65_HS1-834228961_62-HQ-83894_Section_6
Agency: FBI
Page 22
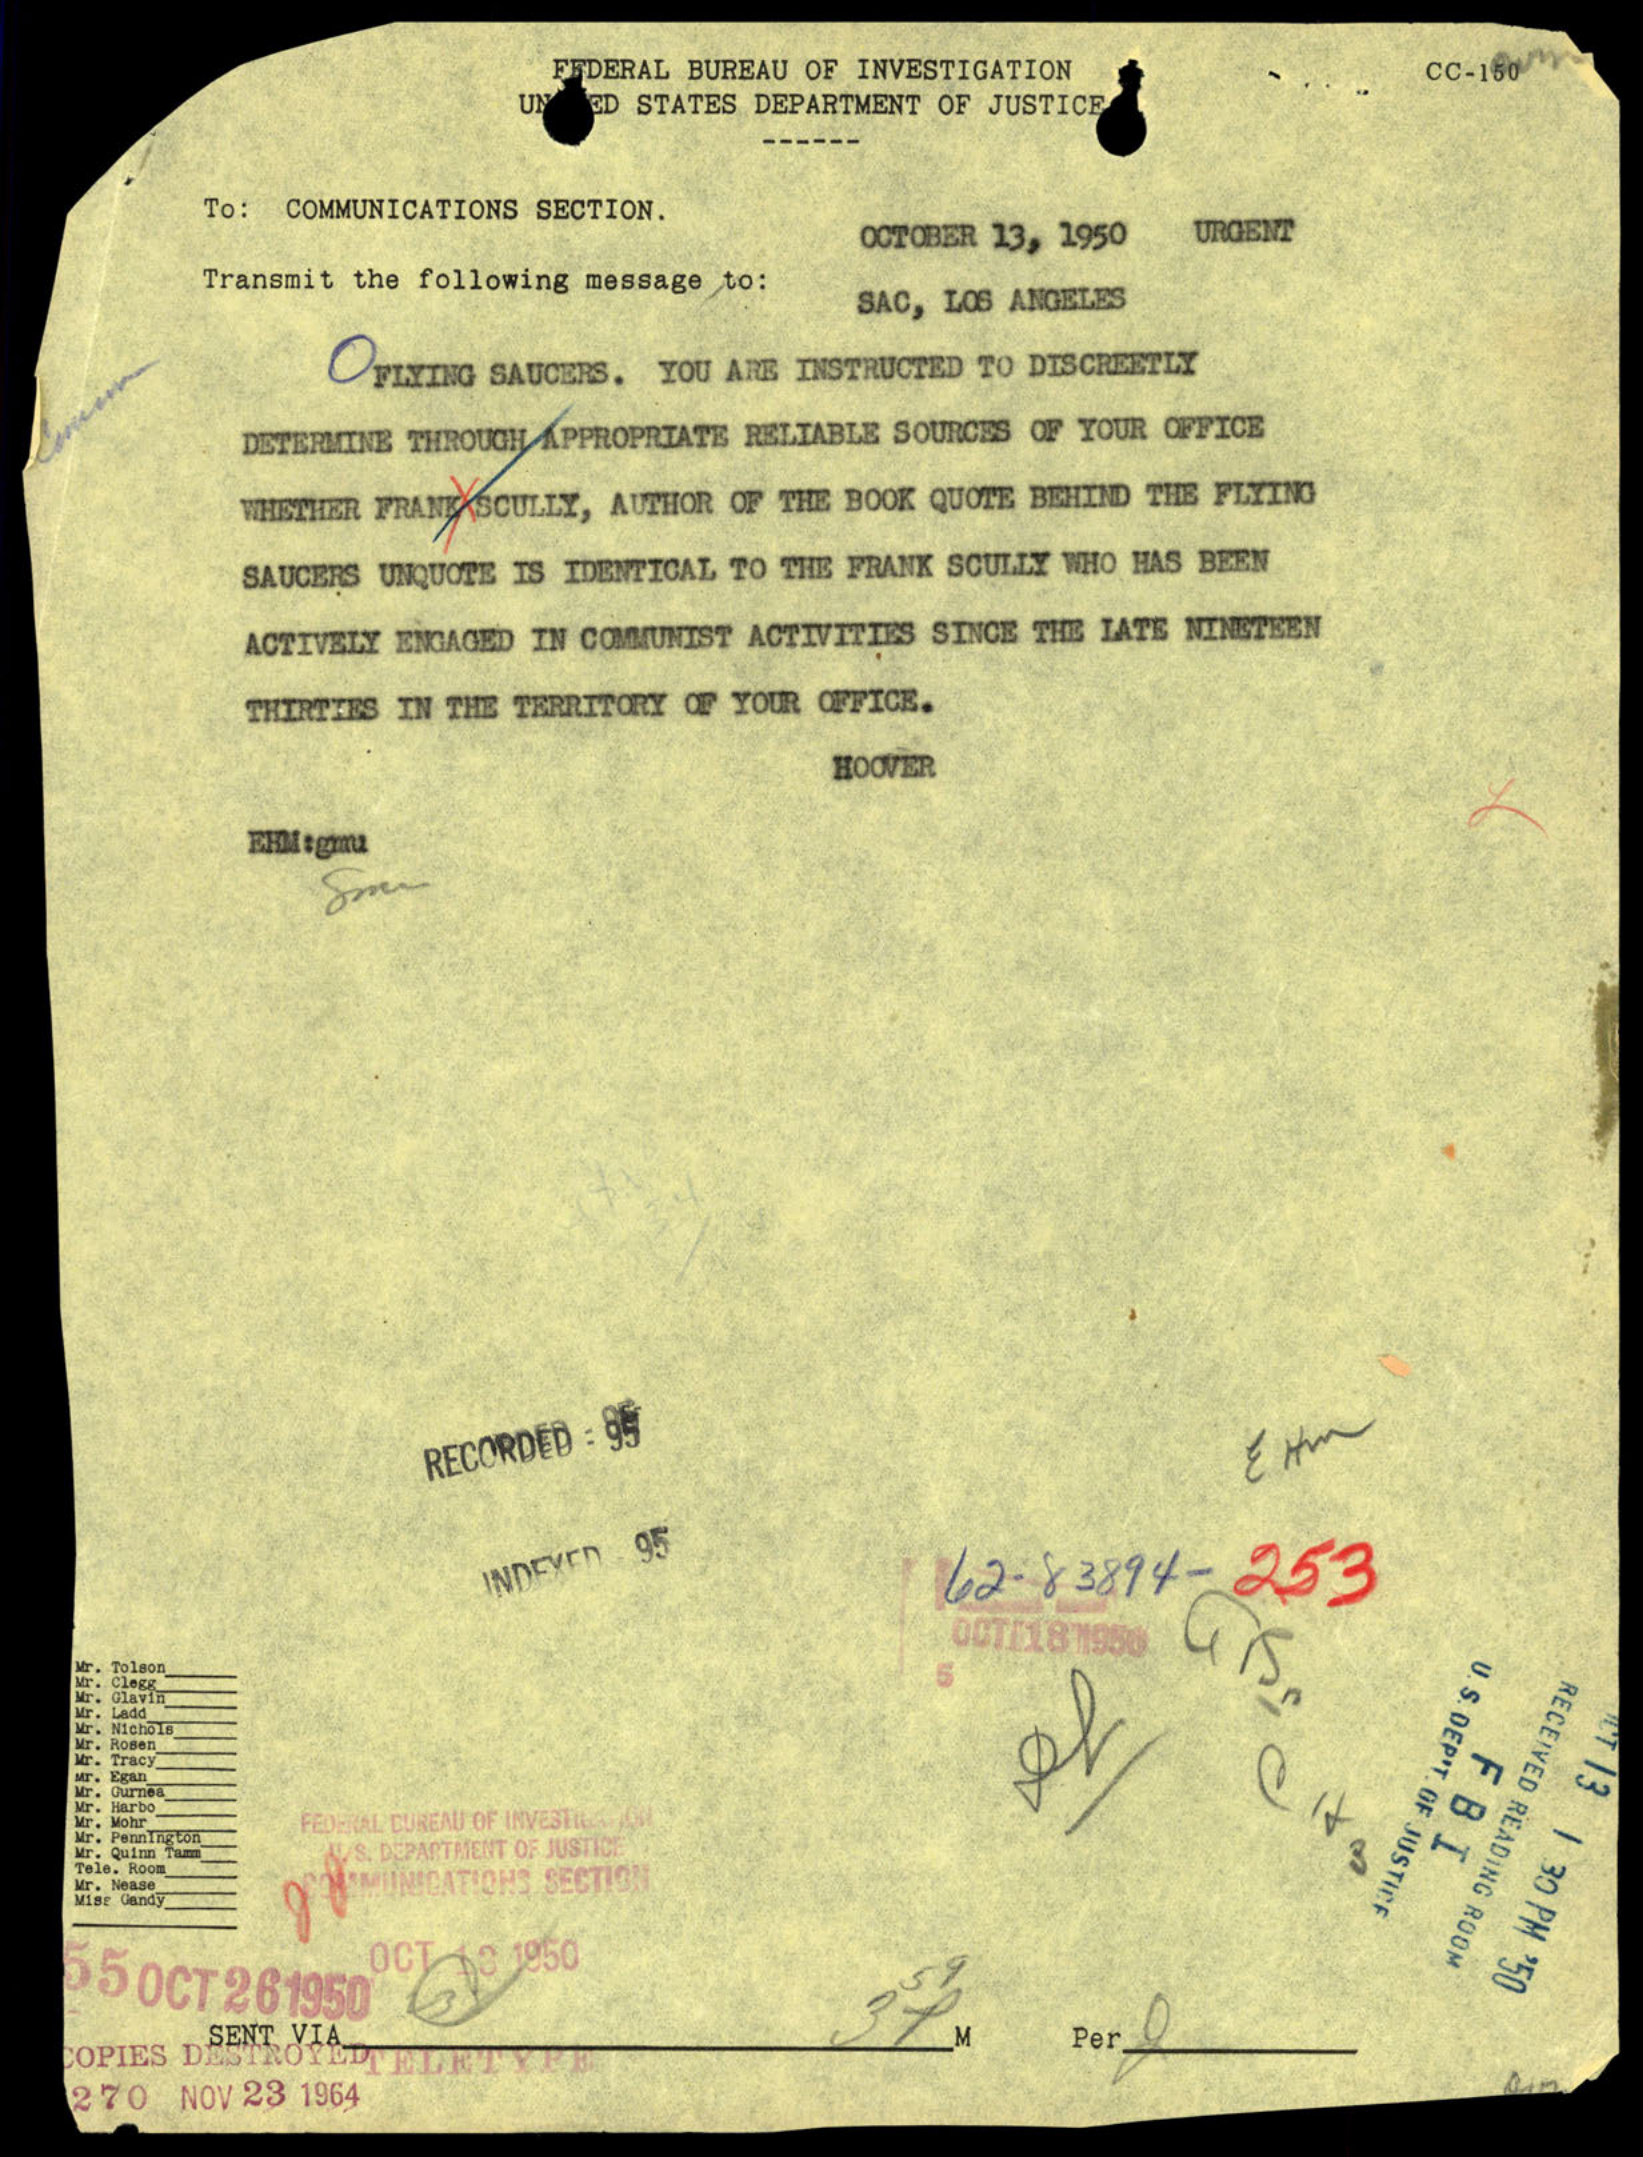